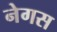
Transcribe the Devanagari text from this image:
नेगस